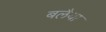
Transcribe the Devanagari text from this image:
बलैया